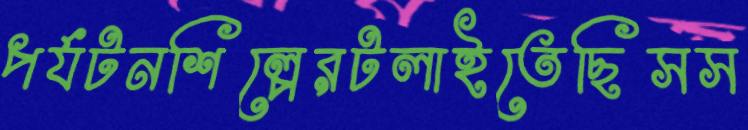
পর্যটনশিল্পেরটলাইতেছিসস